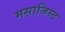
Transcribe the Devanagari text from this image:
मसाजिस्ट